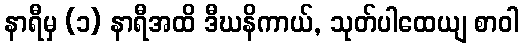
နာရီမှ (၁) နာရီအထိ ဒီဃနိကာယ်, သုတ်ပါထေယျ စာဝါ